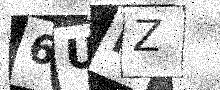
Text: 6UPZ